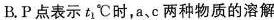
B.P点表示t_{1}^{\circ}C时，a、c两种物质的溶解